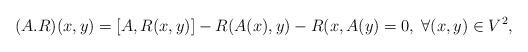
LaTeX: \begin{align*} (A.R)(x,y) =[A,R(x,y)]-R(A(x),y)-R(x,A(y)=0,\; \forall (x,y)\in V^2, \end{align*}